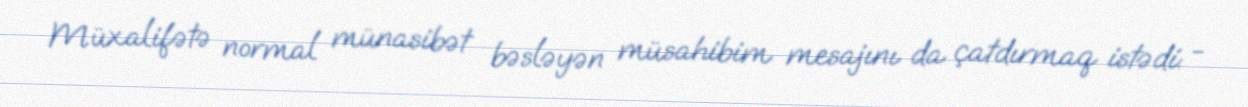
Müxalifətə normal münasibət bəsləyən müsahibim mesajını da çatdırmaq istədi: -